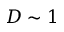
D \sim 1